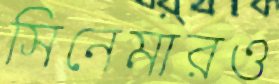
সিনেমারও